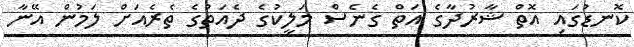
ކޮނޑުގައި އޮތް ޝާރުދާގެ އަތް ގެނެސް މަލީކުގެ ދެއަތުގެ ތެރެއަށް ލަމުން އޭނާ